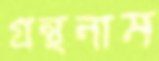
গ্রন্থনাম